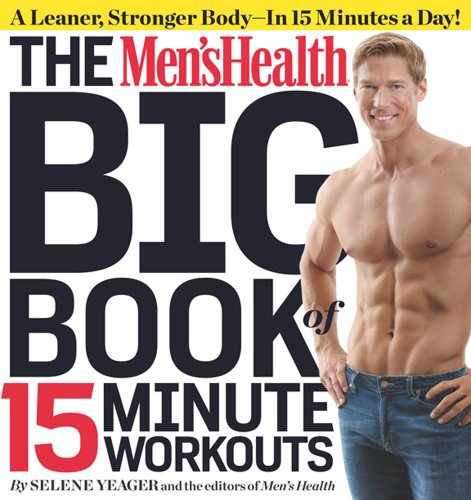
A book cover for The Men's Health Big Book of 15-Minute Workouts: A Leaner, Stronger Body--in 15 Minutes a Day!; Selene Yeager; Health, Fitness & Dieting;